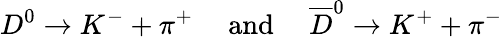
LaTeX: D^{0}\rightarrow K^{-}+\pi^{+}\mathrm{~~~~~and~~~~~}\overline{{{D}}}^{0}\rightarrow K^{+}+\pi^{-}